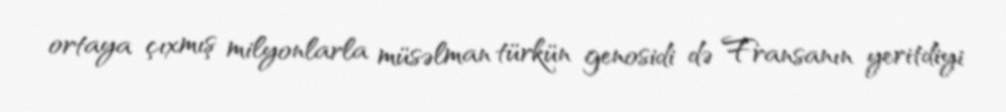
ortaya çıxmış milyonlarla müsəlman türkün genosidi də Fransanın yeritdiyi